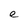
Character: e